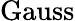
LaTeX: \mathrm{Gauss}